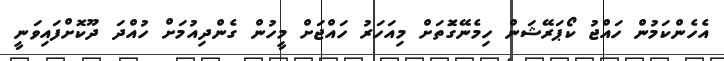
އެހެންކަމުން ހައްޖު ކޯޕަރޭޝަން ހިމެނޭގަޮތަށް މިއަހަރު ހައްޖަށް މީހުން ގެންދިއުމަށް ހުއްދަ ދޫކޮށްފައިވަނީ